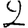
Digit: 2